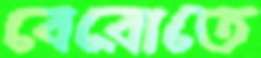
বেরোতে